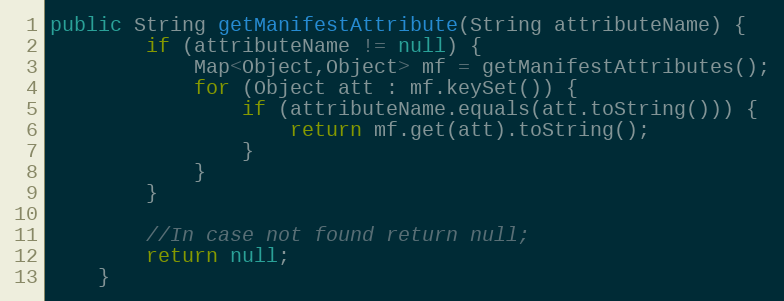
Language: Java
public String getManifestAttribute(String attributeName) {
	    if (attributeName != null) {
    	    Map<Object,Object> mf = getManifestAttributes();
            for (Object att : mf.keySet()) {
                if (attributeName.equals(att.toString())) {
                    return mf.get(att).toString();
                }
            }
	    }

	    //In case not found return null;
	    return null;
	}